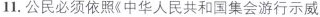
11.公民必须依照《中华人民共和国集会游行示威